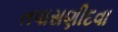
તપાસણીદવા